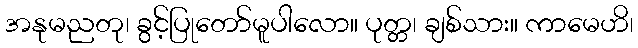
အနုမညတု၊ ခွင့်ပြုတော်မူပါလော။ ပုတ္တ၊ ချစ်သား။ ကာမေဟိ၊